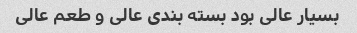
بسیار عالی بود بسته بندی عالی و طعم عالی